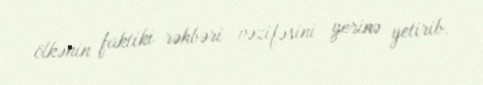
ölkənin faktiki rəhbəri vəzifəsini yerinə yetirib.